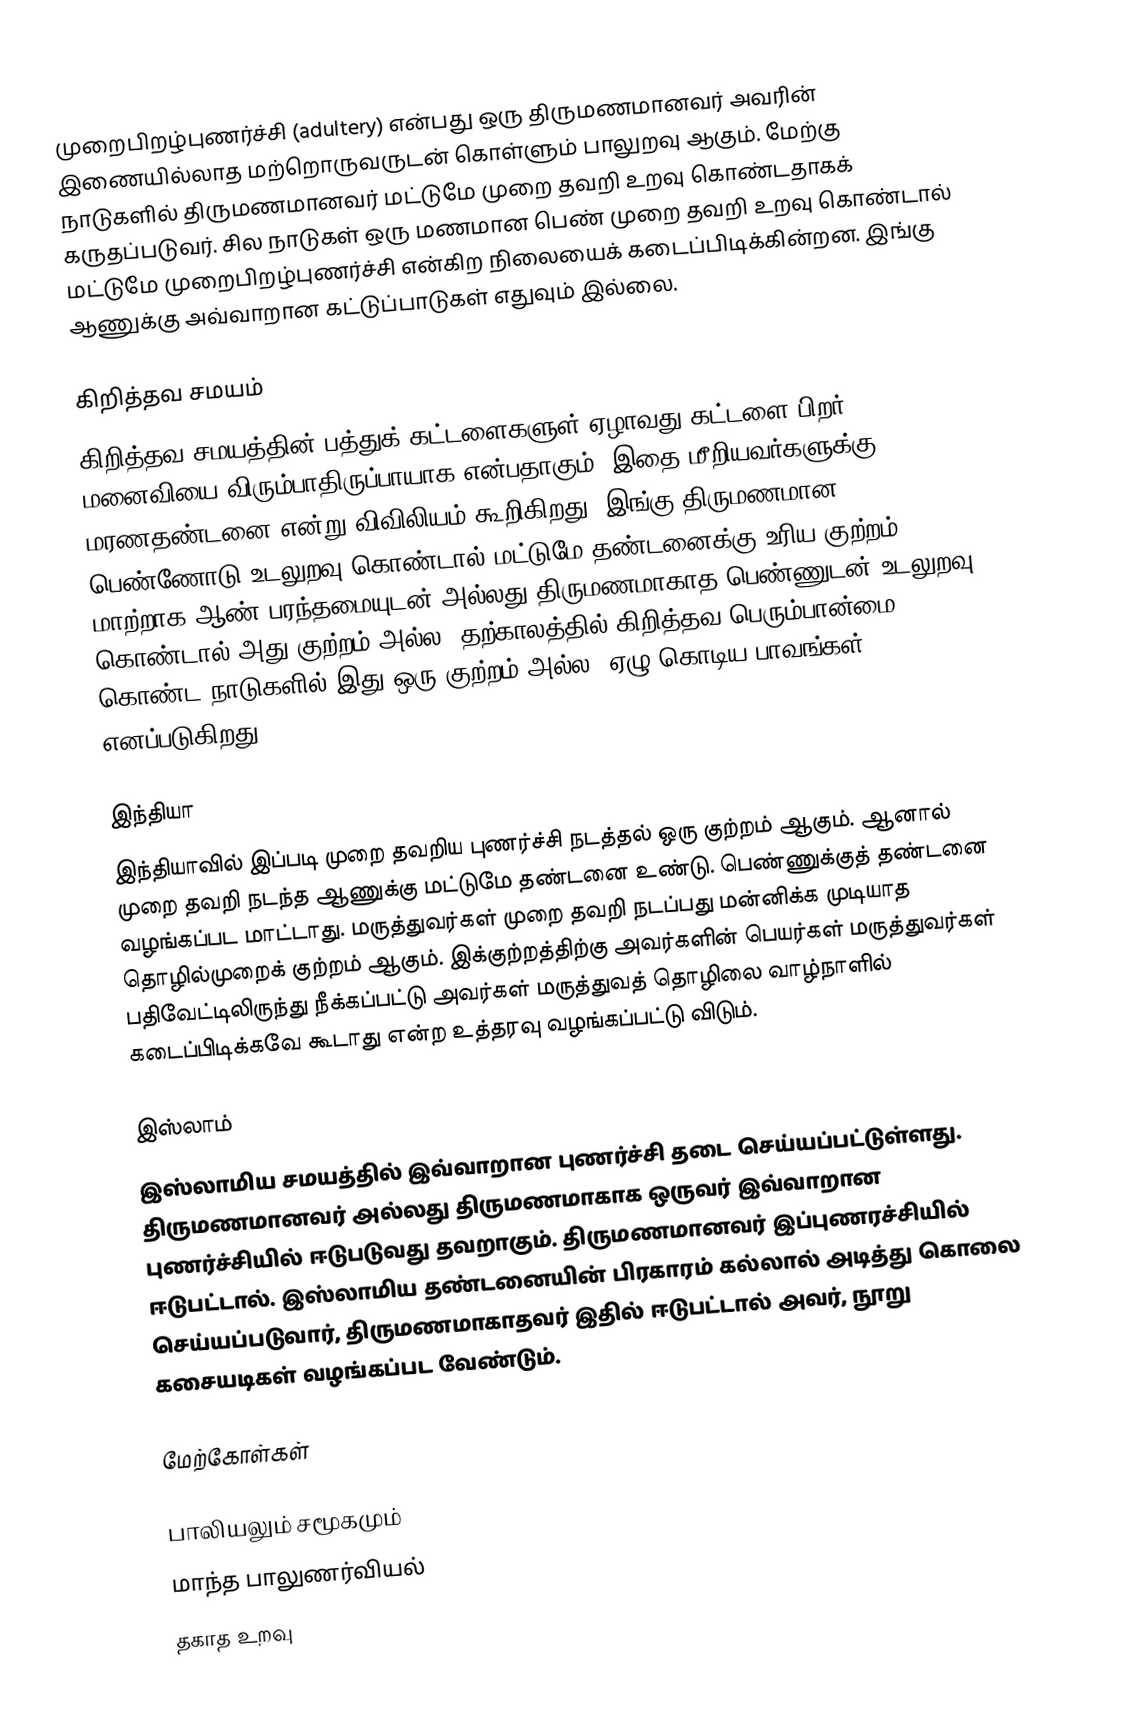
முறைபிறழ்புணர்ச்சி (adultery) என்பது ஒரு திருமணமானவர் அவரின் இணையில்லாத மற்றொருவருடன் கொள்ளும் பாலுறவு ஆகும்.  மேற்கு நாடுகளில் திருமணமானவர் மட்டுமே முறை தவறி உறவு கொண்டதாகக் கருதப்படுவர். சில நாடுகள் ஒரு மணமான பெண் முறை தவறி உறவு கொண்டால் மட்டுமே முறைபிறழ்புணர்ச்சி என்கிற நிலையைக் கடைப்பிடிக்கின்றன. இங்கு ஆணுக்கு அவ்வாறான கட்டுப்பாடுகள் எதுவும் இல்லை.

கிறித்தவ சமயம்
கிறித்தவ சமயத்தின் பத்துக் கட்டளைகளுள் ஏழாவது கட்டளை பிறர் மனைவியை விரும்பாதிருப்பாயாக என்பதாகும்.  இதை மீறியவர்களுக்கு மரணதண்டனை என்று விவிலியம் கூறிகிறது. இங்கு திருமணமான பெண்ணோடு உடலுறவு கொண்டால் மட்டுமே தண்டனைக்கு உரிய குற்றம்.  மாற்றாக ஆண் பரந்தமையுடன் அல்லது திருமணமாகாத பெண்ணுடன் உடலுறவு கொண்டால் அது குற்றம் அல்ல.  தற்காலத்தில் கிறித்தவ பெரும்பான்மை கொண்ட நாடுகளில் இது ஒரு குற்றம் அல்ல, ஏழு கொடிய பாவங்கள் எனப்படுகிறது.

இந்தியா
இந்தியாவில் இப்படி முறை தவறிய புணர்ச்சி நடத்தல் ஒரு குற்றம் ஆகும். ஆனால் முறை தவறி நடந்த ஆணுக்கு மட்டுமே தண்டனை உண்டு. பெண்ணுக்குத் தண்டனை வழங்கப்பட மாட்டாது. மருத்துவர்கள் முறை தவறி நடப்பது மன்னிக்க முடியாத தொழில்முறைக் குற்றம் ஆகும். இக்குற்றத்திற்கு அவர்களின் பெயர்கள் மருத்துவர்கள் பதிவேட்டிலிருந்து நீக்கப்பட்டு அவர்கள் மருத்துவத் தொழிலை வாழ்நாளில் கடைப்பிடிக்கவே கூடாது என்ற உத்தரவு வழங்கப்பட்டு விடும்.

இஸ்லாம்
இஸ்லாமிய சமயத்தில் இவ்வாறான புணர்ச்சி தடை செய்யப்பட்டுள்ளது. திருமணமானவர் அல்லது திருமணமாகாக ஒருவர் இவ்வாறான புணர்ச்சியில் ஈடுபடுவது தவறாகும். திருமணமானவர் இப்புணரச்சியில் ஈடுபட்டால். இஸ்லாமிய தண்டனையின் பிரகாரம் கல்லால் அடித்து கொலை செய்யப்படுவார், திருமணமாகாதவர் இதில் ஈடுபட்டால் அவர், நூறு கசையடிகள் வழங்கப்பட வேண்டும்.

மேற்கோள்கள்

பாலியலும் சமூகமும்
மாந்த பாலுணர்வியல்
தகாத உறவு